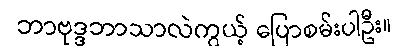
ဘာဗုဒ္ဒဘာသာလဲကွယ့် ပြောစမ်းပါဦး။